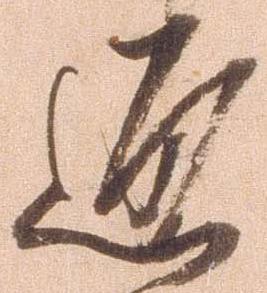
通